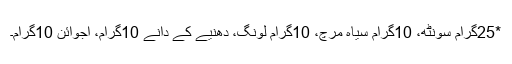
*25گرام سونٹھ، 10گرام سیاہ مرچ، 10گرام لونگ، دھنیے کے دانے 10گرام، اجوائن 10گرام۔